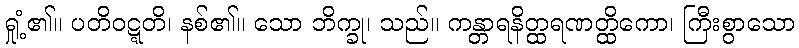
ရှုံ့၏။ ပတိဝဋ္ဋတိ၊ နစ်၏။ သော ဘိက္ခု၊ သည်။ ကန္တာရနိတ္ထရဏတ္ထိကော၊ ကြီးစွာသော